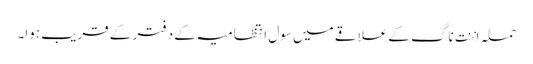
حملہ اننت ناگ کے علاقے میں سول انتظامیہ کے دفتر کے قریب ہوا۔